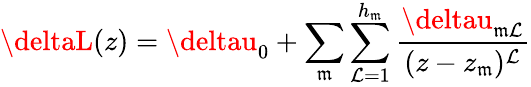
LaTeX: \deltaL(z)=\deltau_{0}+\sum_{\mathfrak{m}}\sum_{\mathcal{L}=1}^{h_{\mathfrak{m}}}{\frac{{\deltau_{\mathfrak{m}\mathcal{L}}}}{{(z-z_{\mathfrak{m}})^{\mathcal{L}}}}}